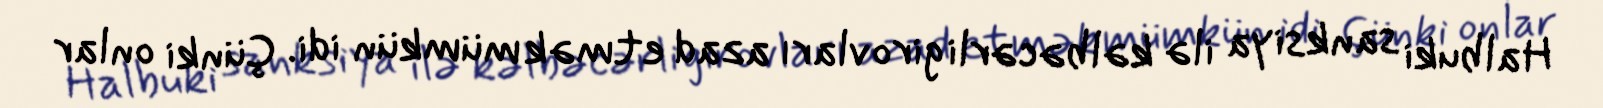
Halbuki sanksiya ilə kəlbəcərli girovları azad etmək mümkün idi. Çünki onlar